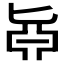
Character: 𠤛